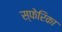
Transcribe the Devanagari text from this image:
स्फेरिका